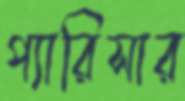
প্যারিসার